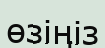
өзіңіз